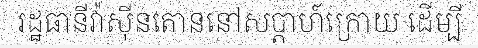
រដ្ឋធានីវ៉ាស៊ីនតោននៅសប្តាហ៍ក្រោយ ដើម្បី